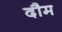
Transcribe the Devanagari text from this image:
दौम